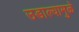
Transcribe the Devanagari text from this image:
उडाल्यामुळे